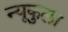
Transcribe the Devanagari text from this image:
न्यूकुला